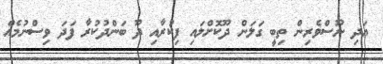
އަދި ނޫސްވެރިން ތިބީ ގަލަން ދޫކޮށްލައި ފިކުރާއި ދޫ ބަންދުކުރާ ފަދަ ވިސްނުމެއް